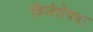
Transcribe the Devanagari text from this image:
विजेतेपदा